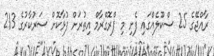
ރާއްޖޭގެ 25 ސްކޫލެއްގައި ފެށި މި ޕްރޮގްރާމް އިތުރަށް ފުޅާކޮށް ސަރުކާރުގެ 213